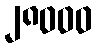
၂၈၀၀၀